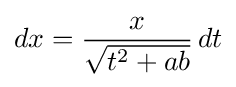
dx={\frac {x}{\sqrt {t^{2}+ab}}}\,dt